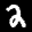
Label: 2